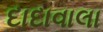
દાદાવાલા